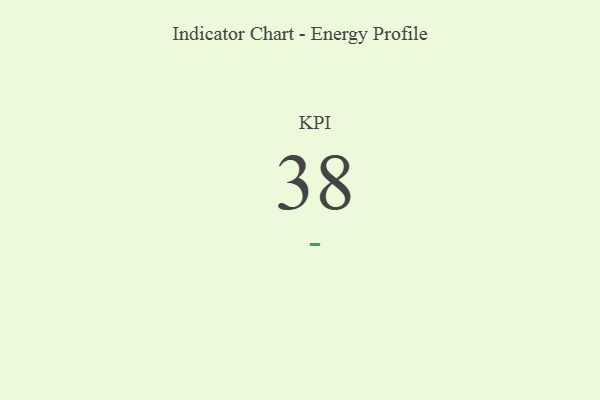
{"axis": {"x": "KPI", "y": "Value"}, "legend": [""], "data": [{"x": "KPI", "y": 38, "type": ""}]}